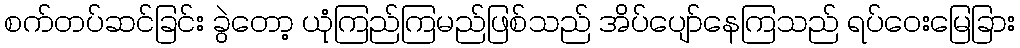
စက်တပ်ဆင်ခြင်း ခွဲတော့ ယုံကြည်ကြမည်ဖြစ်သည် အိပ်ပျော်နေကြသည် ရပ်ဝေးမြေခြား